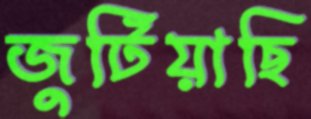
জুটিয়াছি